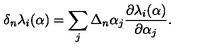
\delta _ { n } \lambda _ { i } ( \alpha ) = \sum _ { j } \Delta _ { n } \alpha _ { j } { \frac { \partial \lambda _ { i } ( \alpha ) } { \partial \alpha _ { j } } } .